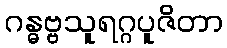
ဂန္ဓဗ္ဗသူရဂ္ဂပူဇိတာ